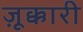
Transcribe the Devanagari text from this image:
ज़ूक्कारी